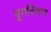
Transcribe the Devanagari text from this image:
युगविभाग